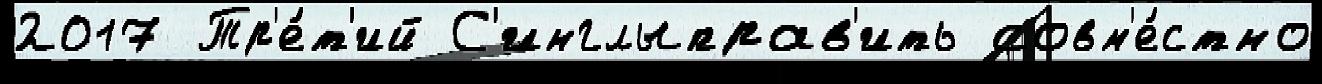
2017 Тр'е́т'ий С'инглыправ'ить совм'е́стно